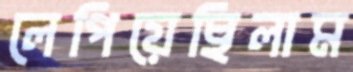
লেপিয়েছিলাম